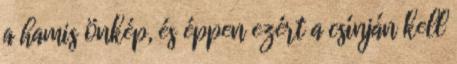
a hamis önkép, és éppen ezért a csínján kell